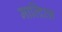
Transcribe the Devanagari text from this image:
माल्दिव्ज़